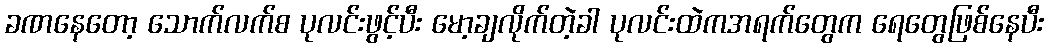
ခဏနေတော့ သောက်လက်စ ပုလင်းဖွင့်ပီး မော့ချလိုက်တဲ့ခါ ပုလင်းထဲကအရက်တွေက ရေတွေဖြစ်နေပီး